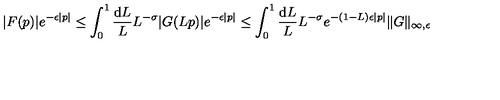
| F ( p ) | e ^ { - \epsilon | p | } \leq \int _ { 0 } ^ { 1 } \frac { \mathrm { d } L } { L } L ^ { - \sigma } | G ( L p ) | e ^ { - \epsilon | p | } \leq \int _ { 0 } ^ { 1 } \frac { \mathrm { d } L } { L } L ^ { - \sigma } e ^ { - ( 1 - L ) \epsilon | p | } \| G \| _ { \infty , \epsilon }